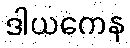
ဒါယကေန